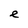
Character: e